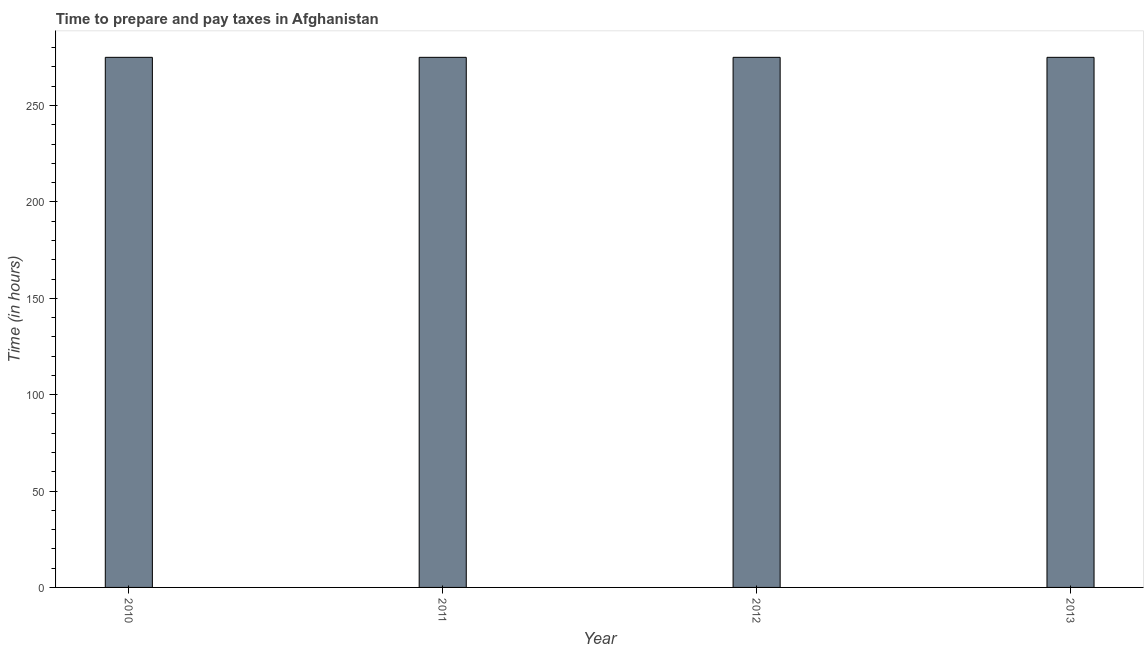
| Year | Time to prepare and pay taxes |
 | --- | --- |
 | 2010 | 275 |
 | 2011 | 275 |
 | 2012 | 275 |
 | 2013 | 275 |